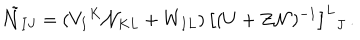
\tilde { \cal N } _ { I J } = ( V _ { I } { } ^ { K } { \cal N } _ { K L } + W _ { I L } ) \, \big [ ( U + Z { \cal N } ) ^ { - 1 } \big ] ^ { L } { } _ { J } \, .